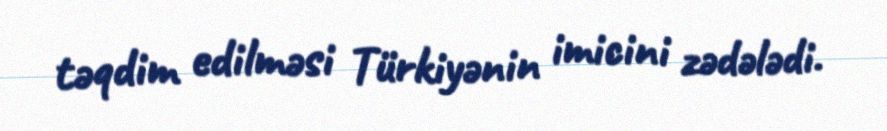
təqdim edilməsi Türkiyənin imicini zədələdi.